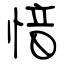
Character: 愔